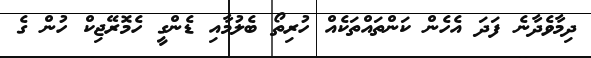
ދިމާވެދާނެ ފަދަ އެހެން ކަންތައްތަކެއް ހުރިތޯ ބެލުމާއި ޑެންގީ ހެމޮރޭޖިކް ހުން ގެ